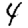
Digit: 4